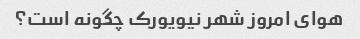
هوای امروز شهر نیویورک چگونه است؟